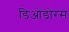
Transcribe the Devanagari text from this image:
डिओडोरस